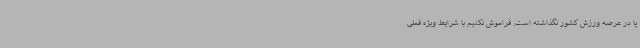
پا در عرصه ورزش کشور نگذاشته است. فراموش نکنیم با شرایط ویژه فعلی